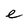
Character: e